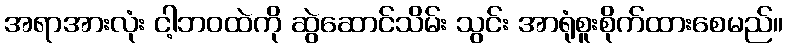
အရာအားလုံး ငါ့ဘဝထဲကို ဆွဲဆောင်သိမ်း သွင်း အာရုံစူးစိုက်ထားစေမည်။